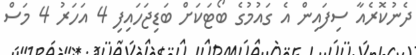
ދެނުކޮރެއާ ސިފައިން އެ ގައުމުގެ ބޯޓަކަށް ބަޑިޖަހައިފި 4 އަހަރު 4 މަސް